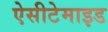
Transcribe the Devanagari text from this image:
ऐसीटेमाइड